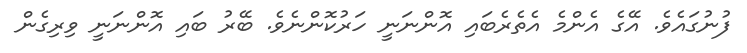
ފުނުގައެވެ. އޭގެ އެންމެ އެތެރެބައި އޮންނަނީ ހަރުކޮންނެވެ. ބޭރު ބައި އޮންނަނީ ވިރިގެން